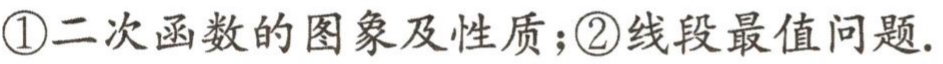
\textcircled{1}二次函数的图象及性质；\textcircled{2}线段最值问题.